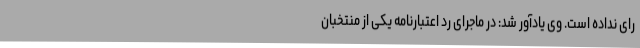
رای نداده است. وی یادآور شد: در ماجرای رد اعتبارنامه یکی از منتخبان